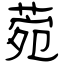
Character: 菀